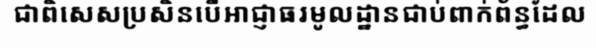
ជាពិសេសប្រសិនបើអាជ្ញាធរមូលដ្ឋានជាប់ពាក់ព័ន្ធដែល